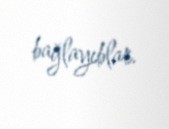
bağlayıblar.